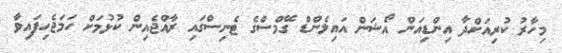
މިހާރު ކުރިއަށްދާ އިންޑިއަން އޯޝަން އައިލެންޑް ގޭމްސްގެ ޓެނިސްގައި ރާއްޖެއިން ކުޅުމަށް ހަމަޖެހިފައިވާ